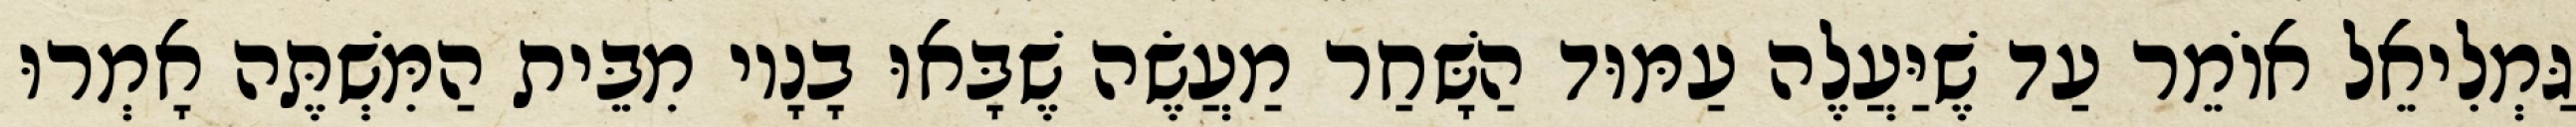
גַּמְלִיאֵל אוֹמֵר עַד שֶׁיַּעֲלֶה עַמּוּד הַשָּׁחַר מַעֲשֶׂה שֶׁבָּאוּ בָנָיו מִבֵּית הַמִּשְׁתֶּה אָמְרוּ